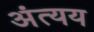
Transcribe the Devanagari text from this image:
अंत्यय